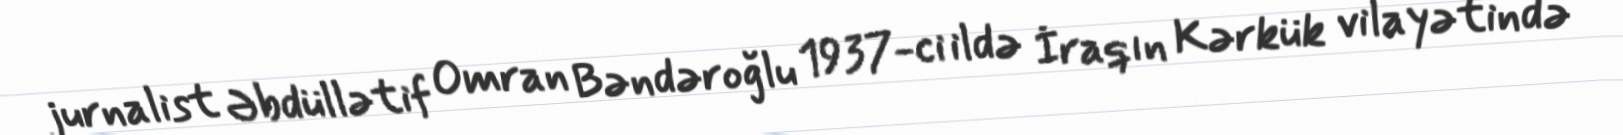
jurnalist Əbdüllətif Omran Bəndəroğlu 1937-ci ildə İraqın Kərkük vilayətində